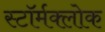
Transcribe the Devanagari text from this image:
स्टॉर्मक्लोक